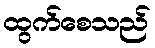
ထွက်စေသည်